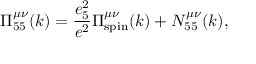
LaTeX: \Pi _ { 5 5 } ^ { \mu \nu } ( k ) = { \frac { e _ { 5 } ^ { 2 } } { e ^ { 2 } } } \Pi _ { \mathrm { s p i n } } ^ { \mu \nu } ( k ) + N _ { 5 5 } ^ { \mu \nu } ( k ) ,